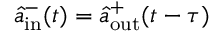
\hat { a } _ { \mathrm { i n } } ^ { - } ( t ) = \hat { a } _ { \mathrm { o u t } } ^ { + } ( t - \tau )